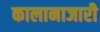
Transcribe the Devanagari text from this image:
कालानाजारी